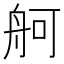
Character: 舸